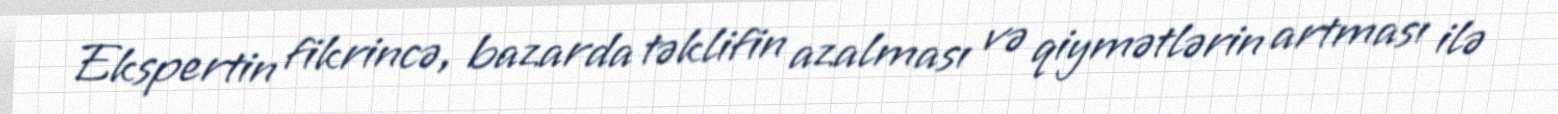
Ekspertin fikrincə, bazarda təklifin azalması və qiymətlərin artması ilə